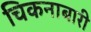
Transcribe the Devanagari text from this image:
चिकनाबारी